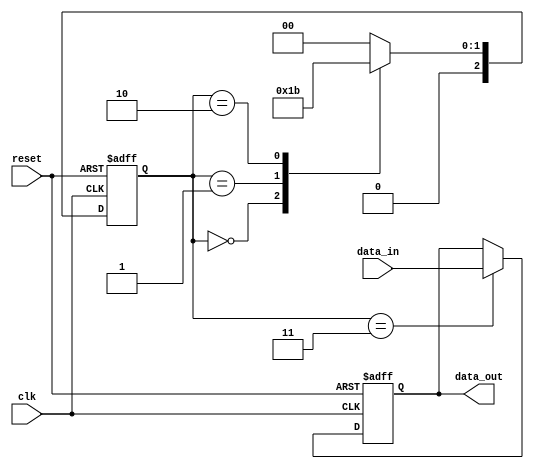
module three_flop_sync(
    input wire clk,
    input wire reset,
    input wire data_in,
    output reg data_out
);

reg [2:0] state;

always @ (posedge clk or posedge reset) begin
    if (reset) begin
        state <= 3'b000;
        data_out <= 1'b0;
    end else begin
        case(state)
            3'b000: begin
                state <= 3'b001;
            end
            3'b001: begin
                state <= 3'b010;
            end
            3'b010: begin
                state <= 3'b011;
            end
            3'b011: begin
                state <= 3'b000;
                data_out <= data_in;
            end
            default: state <= 3'b000;
        endcase
    end
end

endmodule